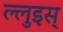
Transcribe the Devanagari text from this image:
ल्लुइस्